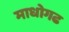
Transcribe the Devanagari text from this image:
माधोगढ